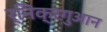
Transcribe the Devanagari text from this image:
र्निक्रगुआन